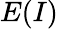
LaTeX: E(I)